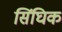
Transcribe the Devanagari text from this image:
सिंघिक